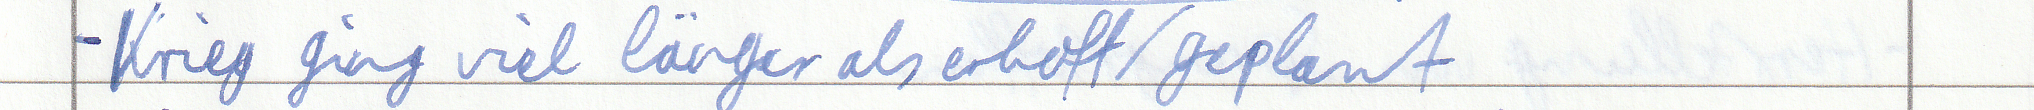
- Krieg ging viel länger als erhofft / geplant